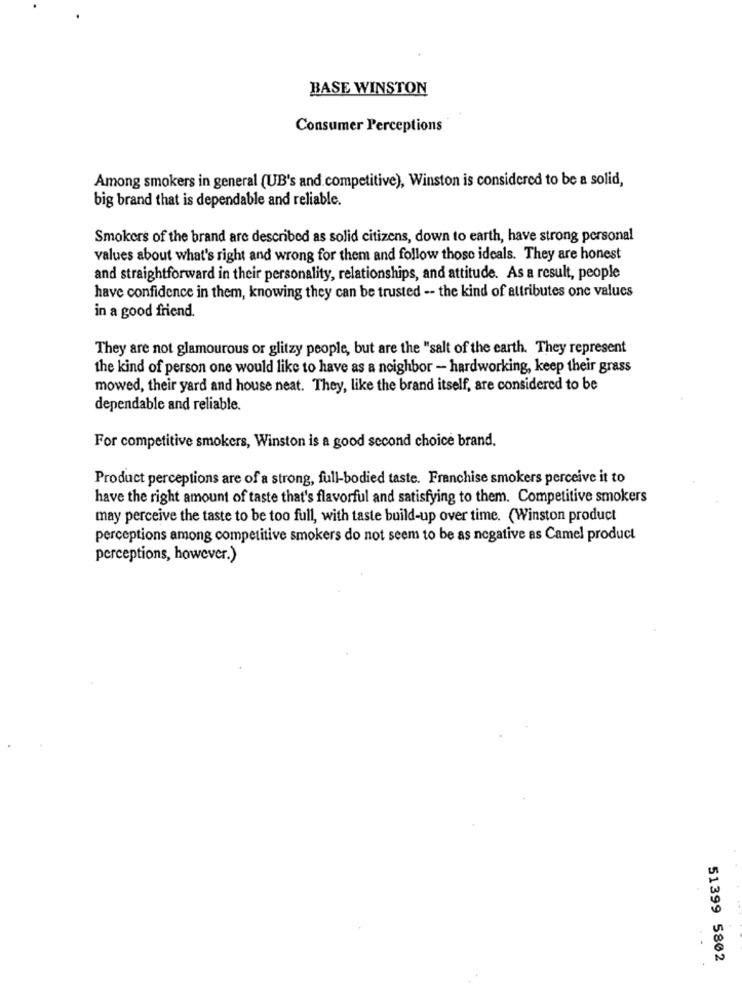
BASE WINSTON
Consumer Perceptions
Among smokers in general (UB's and competitive), Winston is considered to be a solid,
big brand that is dependable and reliable.
Smokers of the brand are described as solid citizens, down to earth, have strong personal
values about what's right and wrong for them and follow those ideals. They are honest
and straightforward in their personality, relationships, and attitude. As a result, people
have confidence in them, knowing they can be trusted -- the kind of attributes one values
in a good friend.
They are not glamourous or glitzy people, but are the "salt of the earth. They represent
the kind of person one would like to have as a neighbor - hardworking, keep their grass
mowed, their yard and house neat. They, like the brand itself, are considered to be
dependable and reliable.
For competitive smokers, Winston is a good second choice brand.
Product perceptions are of a strong, full-bodied taste. Franchise smokers perceive it to
have the right amount of taste that's flavorful and satisfying to them. Competitive smokers
may perceive the taste to be too full, with taste build-up over time. (Winston product
perceptions among competitive smokers do not seem to be as negative as Camel product
perceptions, however.)
51399 5802